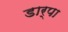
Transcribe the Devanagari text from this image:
डार्पा